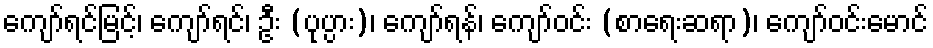
ကျော်ရင်မြင့်၊ ကျော်ရင်၊ ဦး (ပုပ္ပား)၊ ကျော်ရန်၊ ကျော်ဝင်း (စာရေးဆရာ)၊ ကျော်ဝင်းမောင်